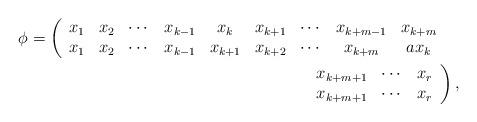
LaTeX: \begin{align*}\phi=\left(\begin{array}{cccccccccc}x_{1} & x_{2} & \cdots & x_{k-1} & x_{k} & x_{k+1} & \cdots & x_{k+m-1}&x_{k+m} \\x_{1} & x_{2} & \cdots & x_{k-1} & x_{k+1} & x_{k+2} & \cdots & x_{k+m}&ax_k& \end{array}\right. & \\\left.\begin{array}{ccc}x_{k+m+1}&\cdots &x_{r} \\x_{k+m+1}&\cdots &x_r\end{array}\right), &\end{align*}